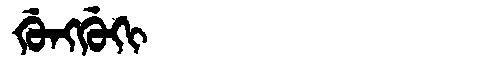
Manchu: ᡤᡠᠩᡤᡠᡴᡳ
Romanization: GUNGGUKI